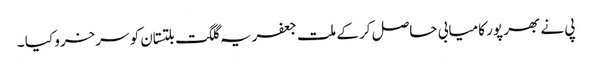
پی نے بھر پور کامیابی حاصل کر کے ملت جعفریہ گلگت بلتستان کو سرخرو کیا ۔